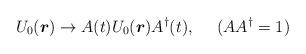
LaTeX: \begin{align*}U_0(\mbox{\boldmath$r$}) \rightarrow A(t)U_0(\mbox{\boldmath$r$}) A^\dag(t), ~~~~(AA^\dag=1)\end{align*}